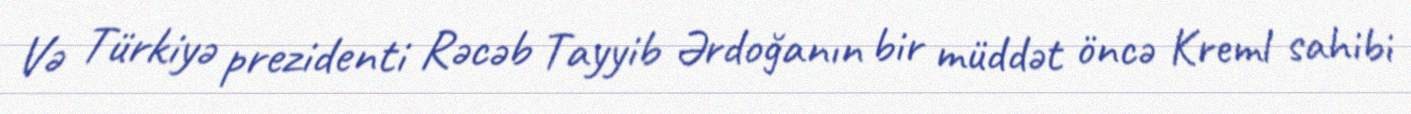
Və Türkiyə prezidenti Rəcəb Tayyib Ərdoğanın bir müddət öncə Kreml sahibi